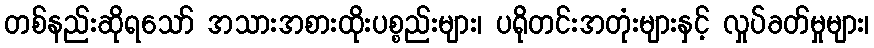
တစ်နည်းဆိုရသော် အသားအစားထိုးပစ္စည်းများ၊ ပရိုတင်းအတုံးများနှင့် လှုပ်ခတ်မှုများ၊